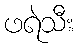
ဖရဲသီး